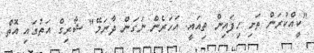
"ކީއްކުރަން ތަށި ހިފައިން ތިއައީ. އަހަރެން ނަގަން ދާނަމޭ" ޝާރިގް އަތުގައި އޮތް